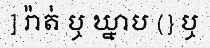
] រ៉ាត់ ឬ ឃ្នាប (} ឬ